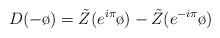
LaTeX: \begin{align*}D(-\o)=\tilde{Z}(e^{i\pi}\o)-\tilde{Z}(e^{-i\pi}\o)\end{align*}